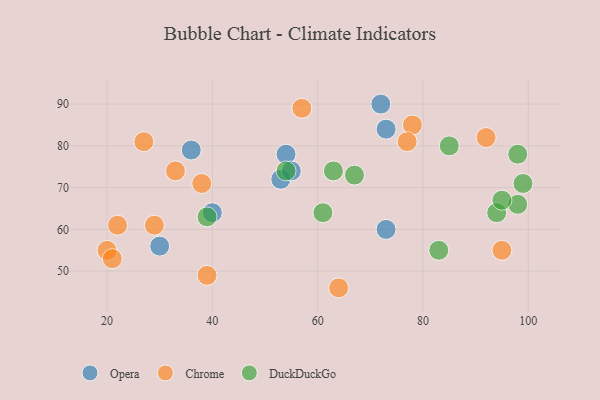
{"axis": {"x": "GDP", "y": "Life Expectancy"}, "legend": ["Chrome", "DuckDuckGo", "Opera"], "data": [{"x": "73", "y": 60, "type": "Opera"}, {"x": "30", "y": 56, "type": "Opera"}, {"x": "36", "y": 79, "type": "Opera"}, {"x": "72", "y": 90, "type": "Opera"}, {"x": "54", "y": 78, "type": "Opera"}, {"x": "73", "y": 84, "type": "Opera"}, {"x": "53", "y": 72, "type": "Opera"}, {"x": "40", "y": 64, "type": "Opera"}, {"x": "55", "y": 74, "type": "Opera"}, {"x": "22", "y": 61, "type": "Chrome"}, {"x": "64", "y": 46, "type": "Chrome"}, {"x": "27", "y": 81, "type": "Chrome"}, {"x": "78", "y": 85, "type": "Chrome"}, {"x": "20", "y": 55, "type": "Chrome"}, {"x": "21", "y": 53, "type": "Chrome"}, {"x": "38", "y": 71, "type": "Chrome"}, {"x": "77", "y": 81, "type": "Chrome"}, {"x": "29", "y": 61, "type": "Chrome"}, {"x": "92", "y": 82, "type": "Chrome"}, {"x": "39", "y": 49, "type": "Chrome"}, {"x": "57", "y": 89, "type": "Chrome"}, {"x": "33", "y": 74, "type": "Chrome"}, {"x": "95", "y": 55, "type": "Chrome"}, {"x": "54", "y": 74, "type": "DuckDuckGo"}, {"x": "67", "y": 73, "type": "DuckDuckGo"}, {"x": "94", "y": 64, "type": "DuckDuckGo"}, {"x": "98", "y": 66, "type": "DuckDuckGo"}, {"x": "95", "y": 67, "type": "DuckDuckGo"}, {"x": "99", "y": 71, "type": "DuckDuckGo"}, {"x": "83", "y": 55, "type": "DuckDuckGo"}, {"x": "85", "y": 80, "type": "DuckDuckGo"}, {"x": "98", "y": 78, "type": "DuckDuckGo"}, {"x": "39", "y": 63, "type": "DuckDuckGo"}, {"x": "61", "y": 64, "type": "DuckDuckGo"}, {"x": "63", "y": 74, "type": "DuckDuckGo"}]}